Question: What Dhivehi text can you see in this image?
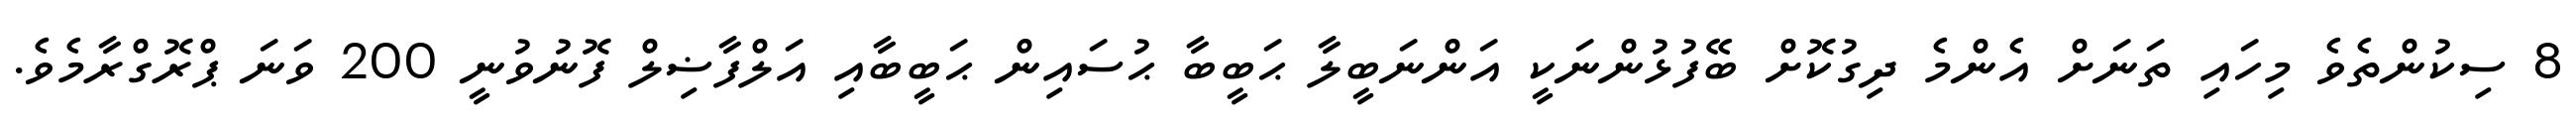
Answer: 8 ސިކުންތެވެ މިހައި ތަނަށް އެންމެ ދިގުކޮށް ބޭފުޅުންނަކީ އަންނަބީލާ ޙަބީބާ ޙުސައިން ޙަބީބާއި އަލްފާޟިލް ފޮނުވުނީ 200 ވަނަ ޕްރޮގްރާމެވެ.